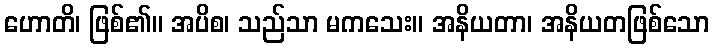
ဟောတိ၊ ဖြစ်၏။ အပိစ၊ သည်သာ မကသေး။ အနိယတာ၊ အနိယတဖြစ်သော